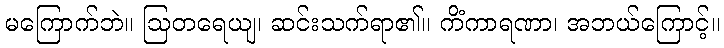
မကြောက်ဘဲ။ ဩတရေယျ၊ ဆင်းသက်ရာ၏။ ကိံကာရဏာ၊ အဘယ်ကြောင့်။